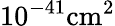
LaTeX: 10^{-41}{\textrm{cm}}^{2}